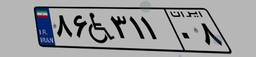
۸۶W۳۱۱۰۸